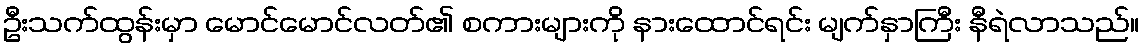
ဦးသက်ထွန်းမှာ မောင်မောင်လတ်၏ စကားများကို နားထောင်ရင်း မျက်နှာကြီး နီရဲလာသည်။